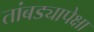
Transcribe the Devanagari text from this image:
तांबड्यापेक्षा